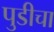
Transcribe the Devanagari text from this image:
पुडीचा